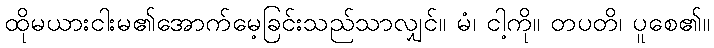
ထိုမယားငါးမ၏အောက်မေ့ခြင်းသည်သာလျှင်။ မံ၊ ငါ့ကို။ တပတိ၊ ပူစေ၏။